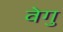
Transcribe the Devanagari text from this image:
वेगु